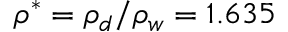
{ { \rho } ^ { * } } = { { \rho } _ { d } } / { { \rho } _ { w } } = 1 . 6 3 5